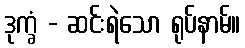
ဒုက္ခံ - ဆင်းရဲသော ရုပ်နာမ်။